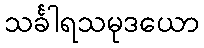
သင်္ခါရသမုဒယော